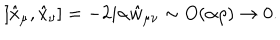
LaTeX: [ \hat { x } _ { \mu } , \hat { x } _ { \nu } ] = - 2 i \alpha \hat { w } _ { \mu \nu } \sim O ( \alpha \rho ) \rightarrow 0 .